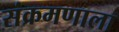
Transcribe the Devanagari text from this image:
संक्रमणाला